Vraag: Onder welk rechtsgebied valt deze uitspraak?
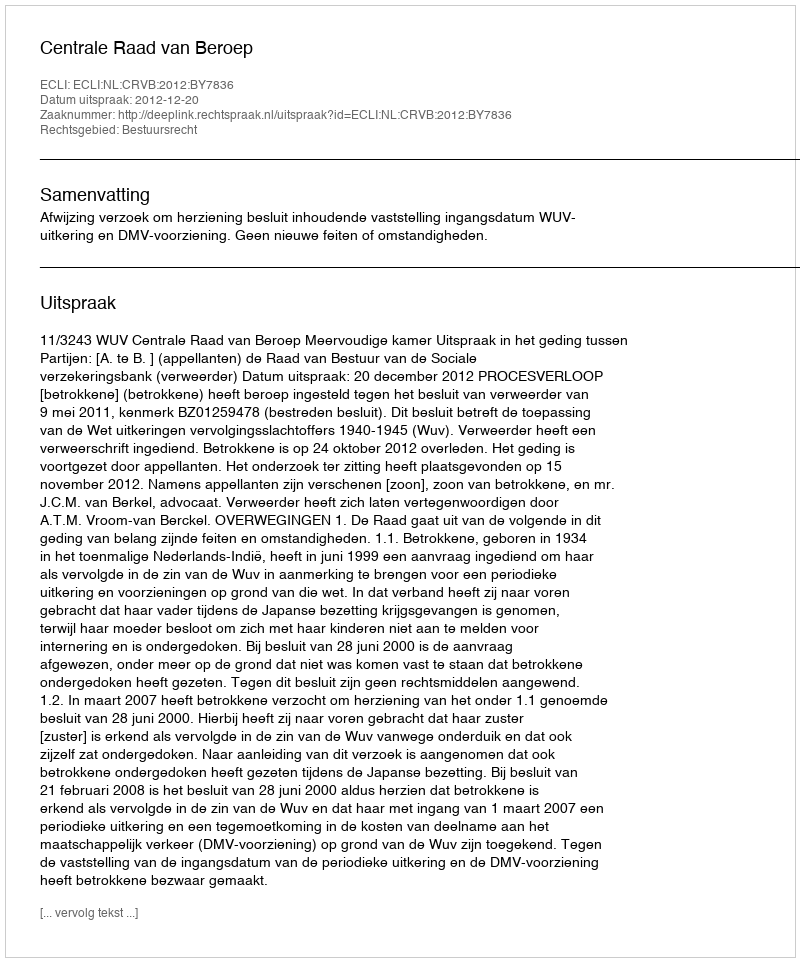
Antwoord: Bestuursrecht